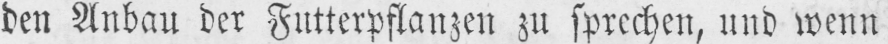
den Anbau der Futterpflanzen zu sprechen, und wenn